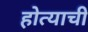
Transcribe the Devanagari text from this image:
होत्याची